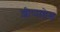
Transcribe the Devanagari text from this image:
शीप्सहेड